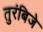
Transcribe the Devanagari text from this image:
तुरंबिजे